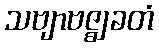
သဗျာဗဇ္ဈခတံ